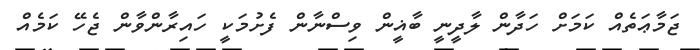
ޖަމާޢަތެއް ކަމަށް ހަދާން ލާދީނީ ބާޣީން ވިސްނާން ފެށުމަކީ ހައިރާންވާން ޖެހޭ ކަމެއް